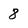
Character: 8